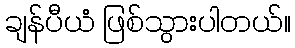
ချန်ပီယံ ဖြစ်သွားပါတယ်။